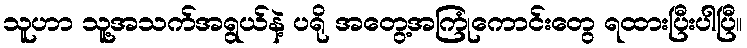
သူဟာ သူ့အသက်အရွယ်နဲ့ ပရို အတွေ့အကြုံကောင်းတွေ ရထားပြီးပါပြီ။